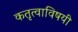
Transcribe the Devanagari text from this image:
कतृत्वाविषयी